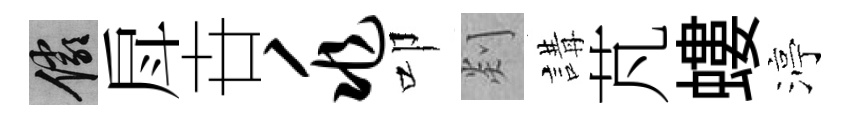
儼戽卋兆叩剡講芃螻渟